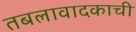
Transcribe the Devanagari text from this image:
तबलावादकाची